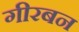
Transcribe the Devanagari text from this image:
गीरबन